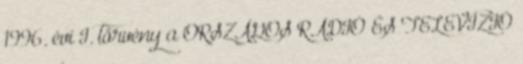
1996. évi I. törvény a ORSZÁGOS RÁDIÓ ÉS TELEVÍZIÓ